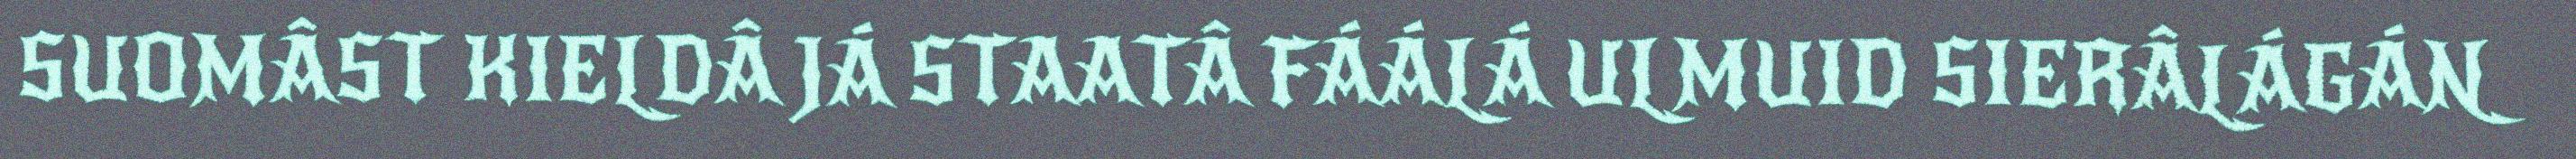
SUOMÂST KIELDÂ JÁ STAATÂ FÁÁLÁ ULMUID SIERÂLÁGÁN